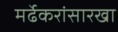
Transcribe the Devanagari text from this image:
मर्ढेकरांसारखा